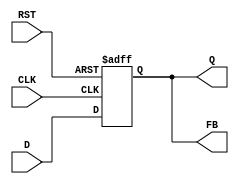
module FeedbackRegister (
    input wire CLK,     // Clock input
    input wire RST,     // Reset input
    input wire D,       // Data input
    output reg Q,       // Output of the stored data
    output wire FB      // Feedback output
);

    // Assign feedback output to the stored data
    assign FB = Q;

    // Sequential logic for storing data
    always @(posedge CLK or posedge RST) begin
        if (RST) begin
            Q <= 1'b0;   // Asynchronous reset to 0
        end else begin
            Q <= D;      // Store data on the rising edge of CLK
        end
    end

endmodule